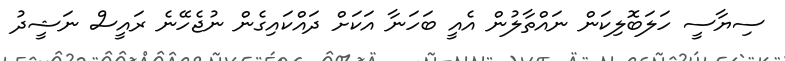
ސިޔާސީ ހަލަބޮލިކަން ނައްތާލުން އެއީ ބަހަނާ އަކަށް ދައްކައިގެން ނުޖެހޭނެ ރައީސް ނަޝީދު